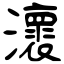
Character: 瀤